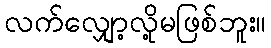
လက်လျှော့လို့မဖြစ်ဘူး။